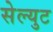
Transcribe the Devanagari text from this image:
सेल्युट